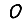
Digit: 0